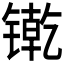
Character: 𲈕